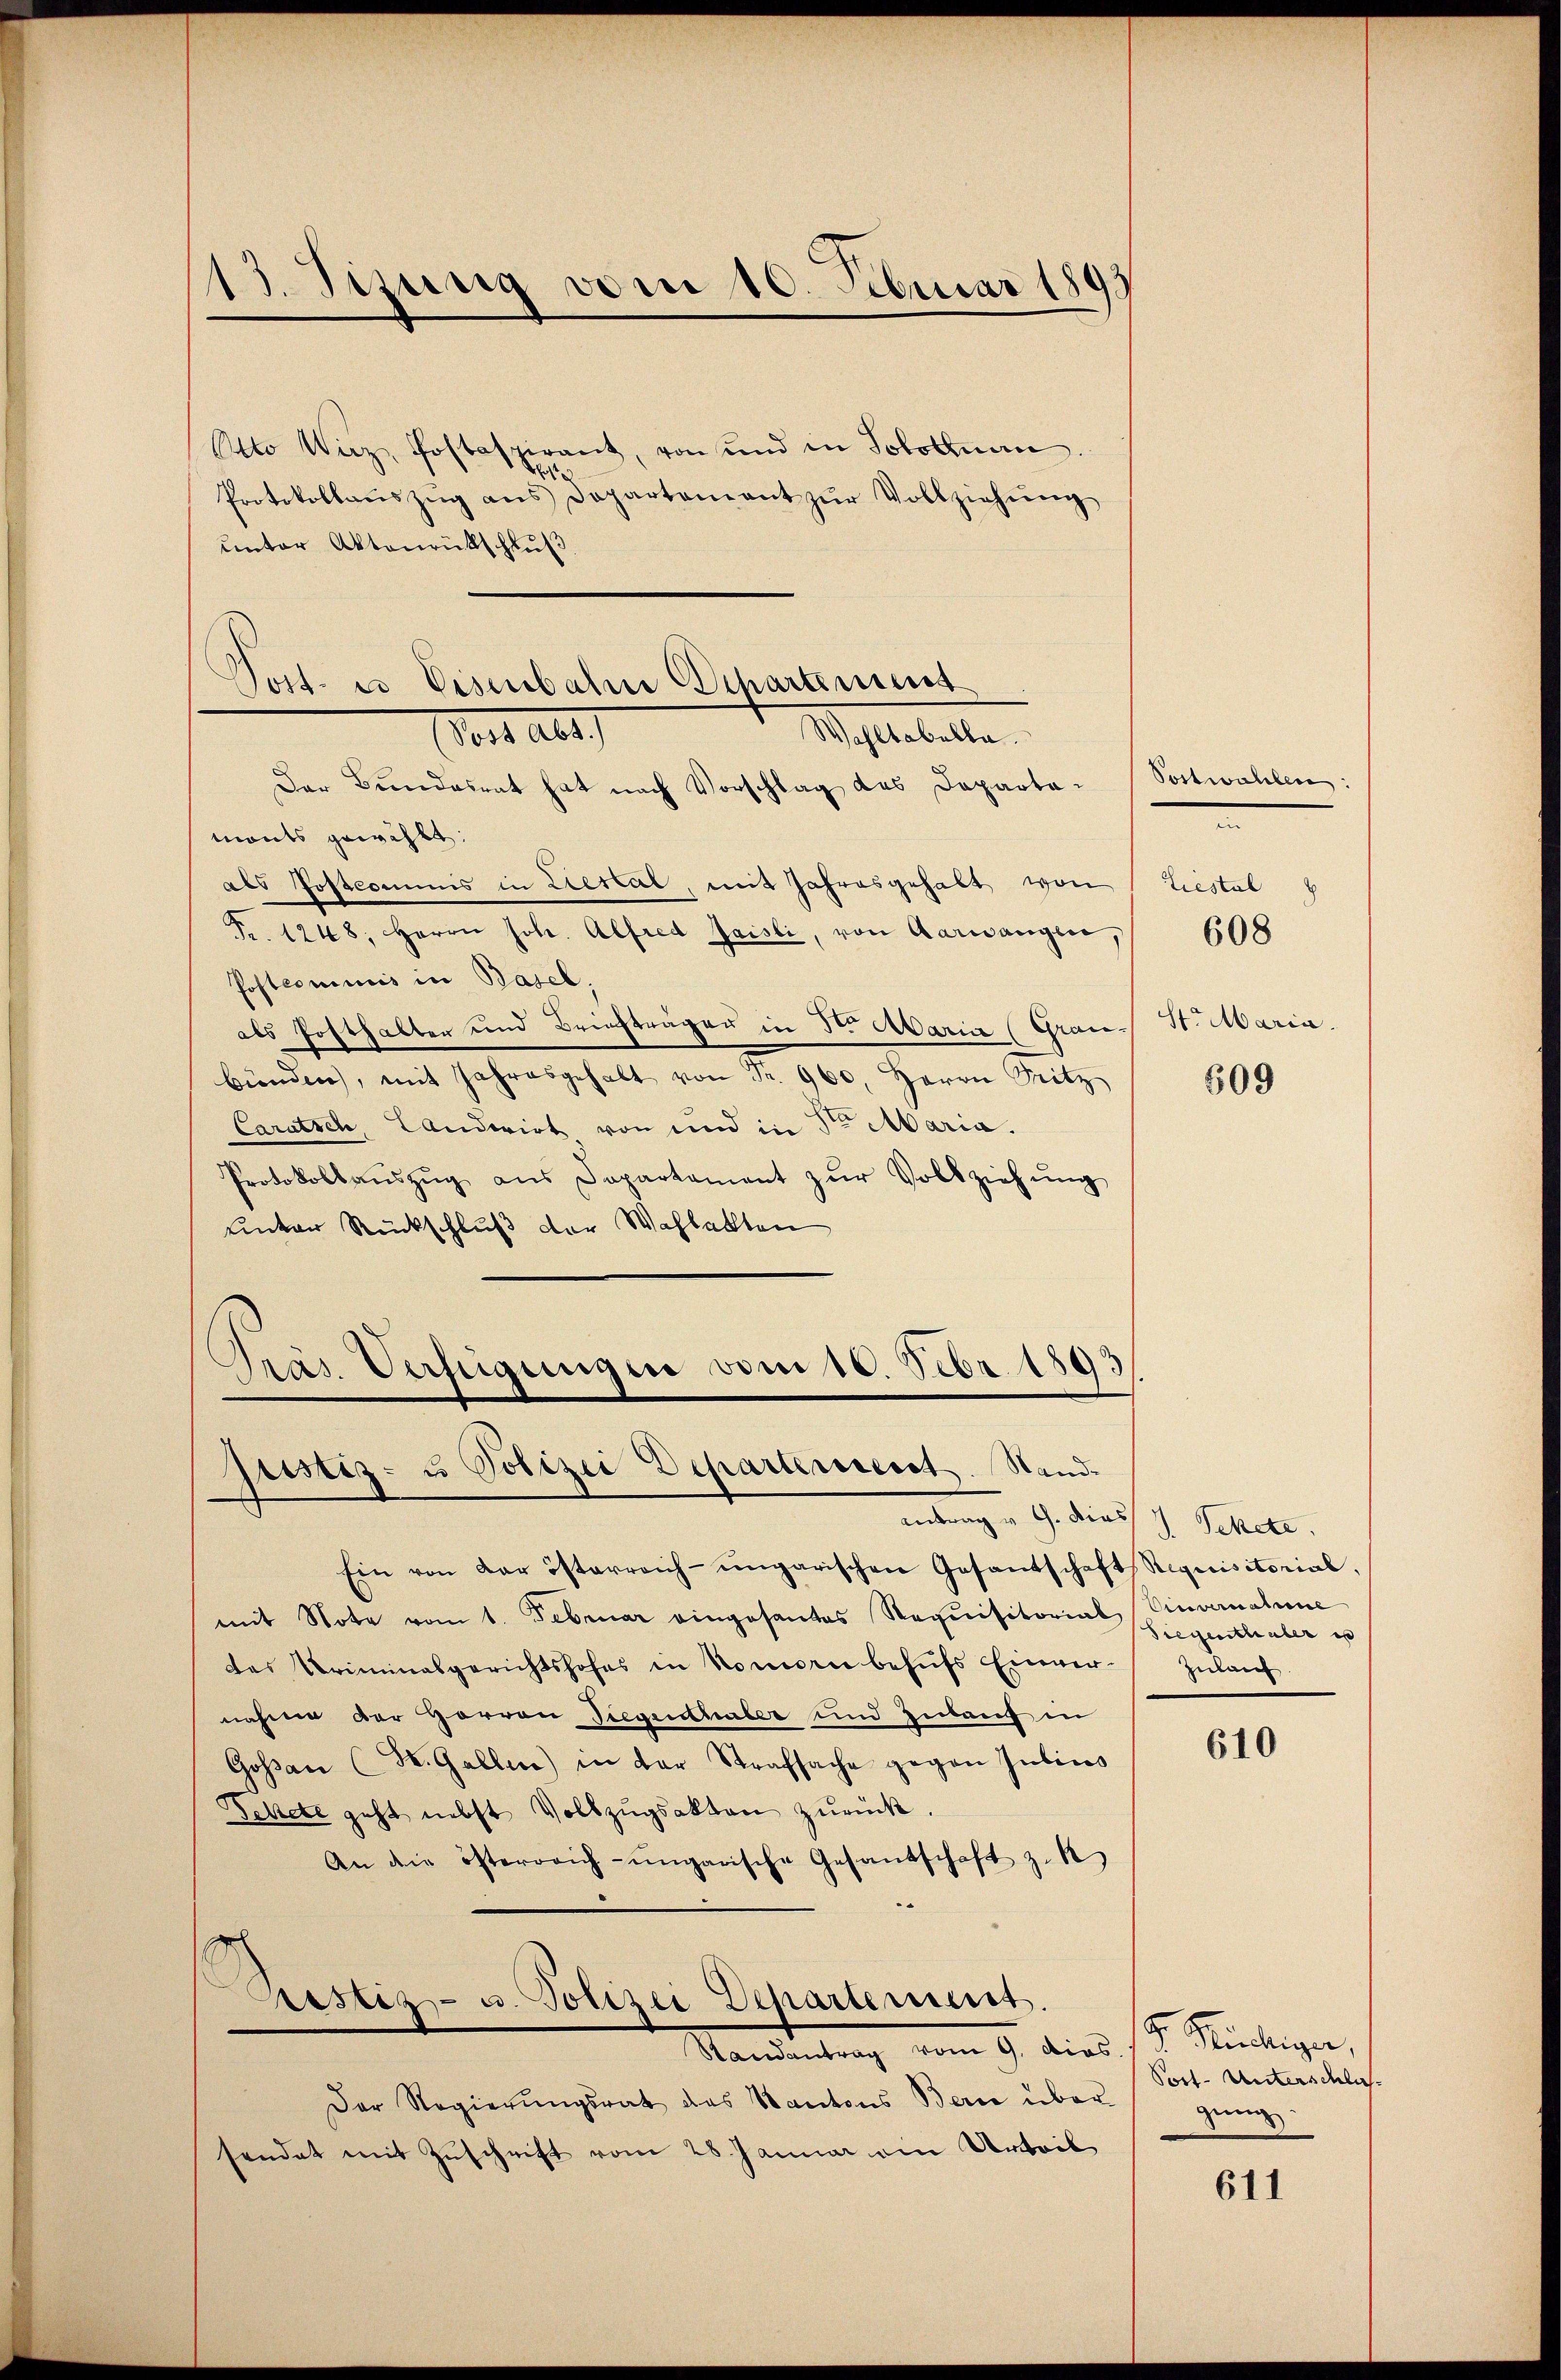
Otto Wirz, Postaspirant, von und in Solothurn.
21
Protokollaŭszŭg ans Departement zŭr Vollziehŭng
unter Aktenrückschluß
Post es Eisenbahre Separtinius

13. Sizung vom 10. Februar 1899

ort als
Wohltabella.

Der Bundesrat hat nach Vorschlag des Departamonts gewählt:
als Postcommis in Liestal, mit Jahresgehalt von
Fr. 1248; Herrn Joh. Alfred Jaisli, von Aarwangen,
Postcomunis in Basel.
als Posthalter und Briefträgen in 3ten Maria (Grau-
bünden, mit Jahresgehalt von Fr. 960. Herrn Sitz
Carutsch, Landwirt von und in Sr Maria.
Protokollaŭszŭg aŭs Departement zŭr Vollziehŭng
unter Rückschluß der Wahlakten

Präs. Verfügungen vom 10. Febr. 1893
justiz- u Polizei Departeresst. Stand-
endung u. G. diess u. Schelt.

Ein von der österreich-ungarischen Gesandschaft Requisitorial,
mit Note vom 1. Februar eingesantes Requisitorial Vinvernahme
das Criminalgerichtshofes in kommen behŭfs Einver-
nahme der Herren Siegensthaler und Zulauf in
Gossau (St. Gallen) in der Strafsache gegen Julius
Schete geht nebst Vollzŭgsakten zurück.
An die österrich-ungarische Gesandschaft zu

Prestiz- u. Polizei Departement.
Randantrag vom 9. dios.

Der Regierungsrat des Kantons Berne über
sendet mit Zŭschrift vom 28. Januar am Urteil

Postwahlen:
n
Liestal
608
St. Maria.

509

Siegenthaler es
Zulauf

610

. Kündigen,
Port- Unterschläs
gŭng:

611